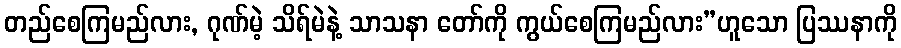
တည်စေကြမည်လား, ဂုဏ်မဲ့ သိရ်မဲနဲ့ သာသနာ တော်ကို ကွယ်စေကြမည်လား”ဟူသော ပြဿနာကို